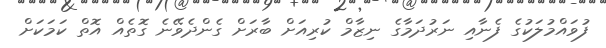
ފުވައްމުލަކުގެ ފެނާއި ނަރުދަމާގެ ނިޒާމް ކުރިއަށް ބާރަށް ގެންދެވޭނެ ގޮތެއް އޮތް ކަމަކަށް